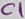
Text: C1